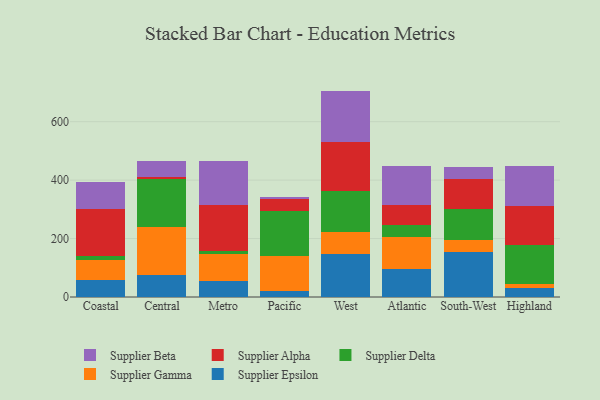
{"axis": {"x": "Region", "y": "Gross Profit (USD K)"}, "legend": ["Supplier Alpha", "Supplier Beta", "Supplier Delta", "Supplier Epsilon", "Supplier Gamma"], "data": [{"x": "Coastal", "y": 59.1, "type": "Supplier Epsilon"}, {"x": "Coastal", "y": 67.3, "type": "Supplier Gamma"}, {"x": "Coastal", "y": 12.6, "type": "Supplier Delta"}, {"x": "Coastal", "y": 162.9, "type": "Supplier Alpha"}, {"x": "Coastal", "y": 92.8, "type": "Supplier Beta"}, {"x": "Central", "y": 75.6, "type": "Supplier Epsilon"}, {"x": "Central", "y": 163.6, "type": "Supplier Gamma"}, {"x": "Central", "y": 164.2, "type": "Supplier Delta"}, {"x": "Central", "y": 8.4, "type": "Supplier Alpha"}, {"x": "Central", "y": 53.2, "type": "Supplier Beta"}, {"x": "Metro", "y": 56.1, "type": "Supplier Epsilon"}, {"x": "Metro", "y": 90.0, "type": "Supplier Gamma"}, {"x": "Metro", "y": 11.6, "type": "Supplier Delta"}, {"x": "Metro", "y": 156.8, "type": "Supplier Alpha"}, {"x": "Metro", "y": 152.4, "type": "Supplier Beta"}, {"x": "Pacific", "y": 20.2, "type": "Supplier Epsilon"}, {"x": "Pacific", "y": 118.9, "type": "Supplier Gamma"}, {"x": "Pacific", "y": 155.7, "type": "Supplier Delta"}, {"x": "Pacific", "y": 42.0, "type": "Supplier Alpha"}, {"x": "Pacific", "y": 5.4, "type": "Supplier Beta"}, {"x": "West", "y": 148.6, "type": "Supplier Epsilon"}, {"x": "West", "y": 74.2, "type": "Supplier Gamma"}, {"x": "West", "y": 138.9, "type": "Supplier Delta"}, {"x": "West", "y": 167.3, "type": "Supplier Alpha"}, {"x": "West", "y": 176.5, "type": "Supplier Beta"}, {"x": "Atlantic", "y": 95.6, "type": "Supplier Epsilon"}, {"x": "Atlantic", "y": 108.7, "type": "Supplier Gamma"}, {"x": "Atlantic", "y": 40.6, "type": "Supplier Delta"}, {"x": "Atlantic", "y": 70.6, "type": "Supplier Alpha"}, {"x": "Atlantic", "y": 131.7, "type": "Supplier Beta"}, {"x": "South-West", "y": 153.2, "type": "Supplier Epsilon"}, {"x": "South-West", "y": 41.0, "type": "Supplier Gamma"}, {"x": "South-West", "y": 108.3, "type": "Supplier Delta"}, {"x": "South-West", "y": 102.6, "type": "Supplier Alpha"}, {"x": "South-West", "y": 39.4, "type": "Supplier Beta"}, {"x": "Highland", "y": 29.7, "type": "Supplier Epsilon"}, {"x": "Highland", "y": 16.0, "type": "Supplier Gamma"}, {"x": "Highland", "y": 133.8, "type": "Supplier Delta"}, {"x": "Highland", "y": 132.0, "type": "Supplier Alpha"}, {"x": "Highland", "y": 136.2, "type": "Supplier Beta"}]}